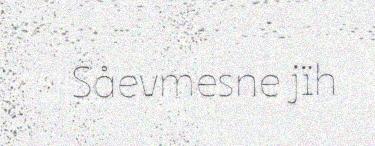
Såevmesne jïh